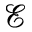
\mathcal { E }